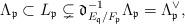
LaTeX: \begin{align*}\Lambda_{\mathfrak{p}} \subset L_{\mathfrak{p}}\subsetneq \mathfrak{d}_{E_{\mathfrak{q}}/F_{\mathfrak{p}}}^{-1}\Lambda_{\mathfrak{p}} = \Lambda^\vee_{\mathfrak{p}},\end{align*}